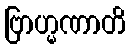
ဗြာဟ္မဏာတိ